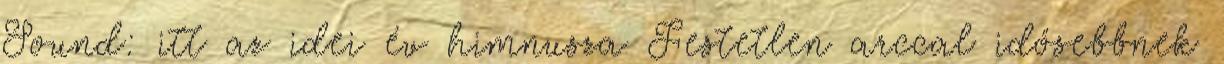
Sound: itt az idei év himnusza Festetlen arccal idősebbnek